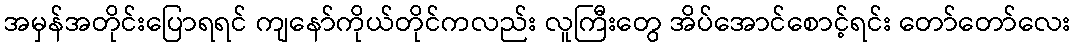
အမှန်အတိုင်းပြောရရင် ကျနော်ကိုယ်တိုင်ကလည်း လူကြီးတွေ အိပ်အောင်စောင့်ရင်း တော်တော်လေး